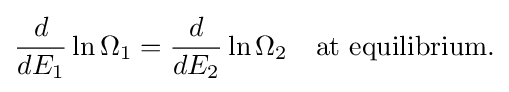
{\frac {d}{dE_{1}}}\ln \Omega _{1}={\frac {d}{dE_{2}}}\ln \Omega _{2}\quad {\mbox{at equilibrium.}}